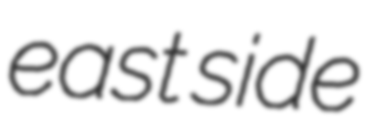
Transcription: east side